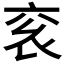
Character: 𬡄